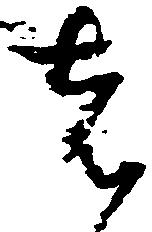
者